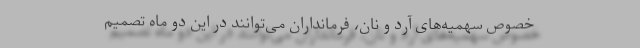
خصوص سهمیه‌های آرد و نان، فرمانداران می‌توانند در این دو ماه تصمیم